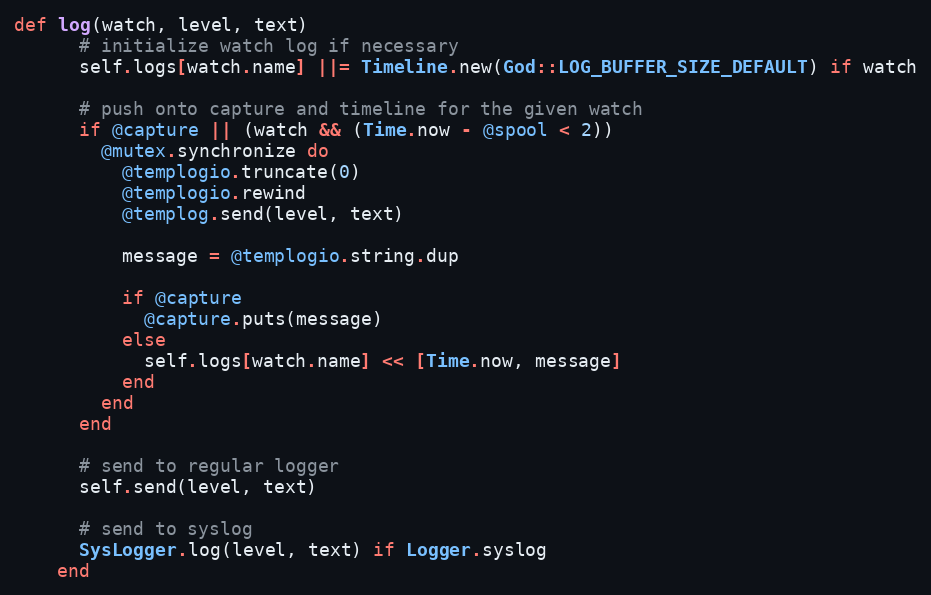
Language: Ruby
def log(watch, level, text)
      # initialize watch log if necessary
      self.logs[watch.name] ||= Timeline.new(God::LOG_BUFFER_SIZE_DEFAULT) if watch

      # push onto capture and timeline for the given watch
      if @capture || (watch && (Time.now - @spool < 2))
        @mutex.synchronize do
          @templogio.truncate(0)
          @templogio.rewind
          @templog.send(level, text)

          message = @templogio.string.dup

          if @capture
            @capture.puts(message)
          else
            self.logs[watch.name] << [Time.now, message]
          end
        end
      end

      # send to regular logger
      self.send(level, text)

      # send to syslog
      SysLogger.log(level, text) if Logger.syslog
    end